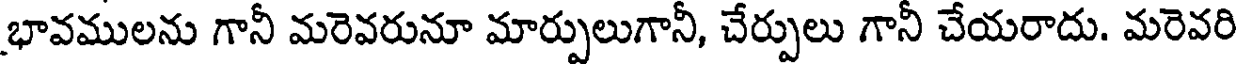
భావములను గానీ మరెవరునూ మార్పులుగానీ, చేర్పులు గానీ చేయరాదు. మరెవరి